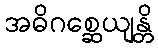
အဓိဂစ္ဆေယျန္တိ